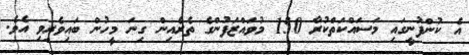
އެ ކުންފުނީގައި މަސައްކަތްކުރާ 150 މުވައްޒަފުންގެ ތެރެއިން ގިނަ މީހުން ބައިވެރިވި އެވެ.